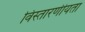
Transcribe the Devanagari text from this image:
विस्तारणीयता